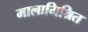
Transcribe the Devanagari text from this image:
मालामिश्रित